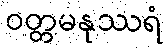
ဝတ္တမနုဿရံ